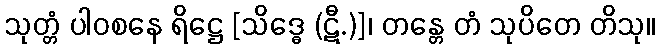
သုတ္တံ ပါဝစနေ ရိဋ္ဌေ [သိဒ္ဓေ (ဋီ.)]၊ တန္တေ တံ သုပိတေ တိသု။